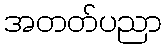
အတတ်ပညာ